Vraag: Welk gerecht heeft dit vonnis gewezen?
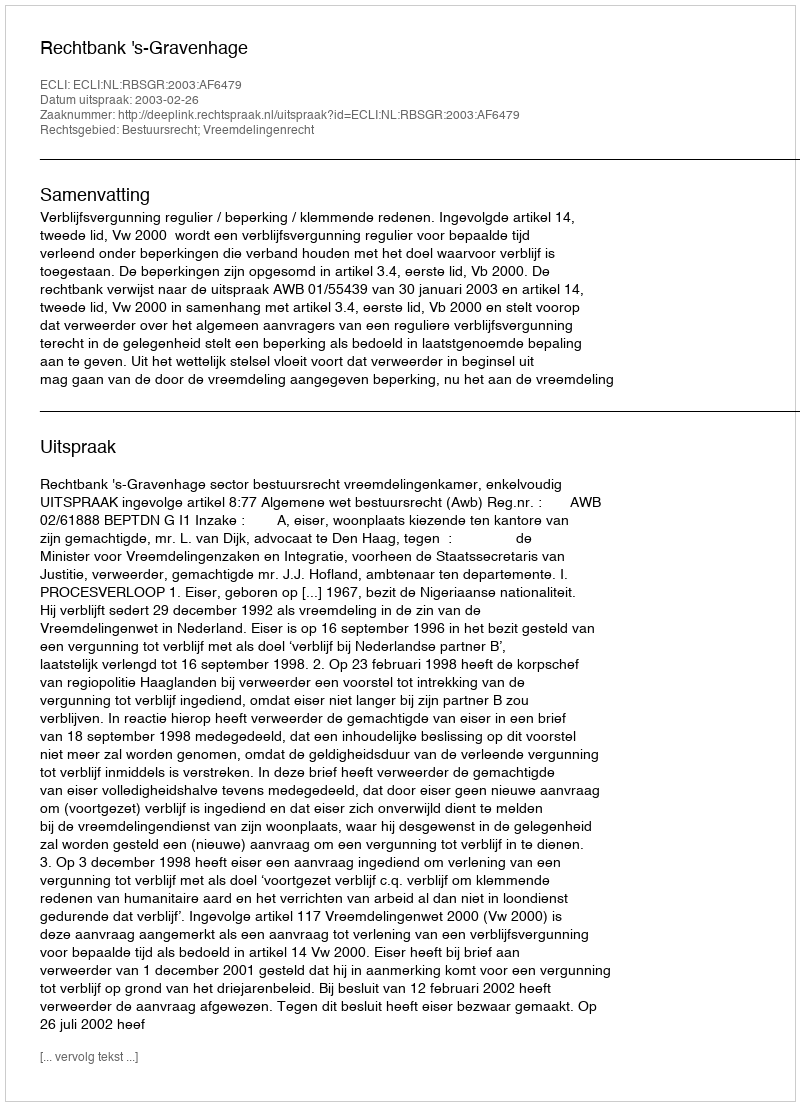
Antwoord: Rechtbank 's-Gravenhage